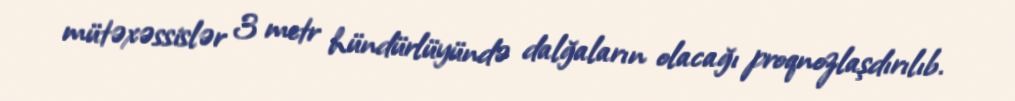
mütəxəssislər 3 metr hündürlüyündə dalğaların olacağı proqnozlaşdırılıb.